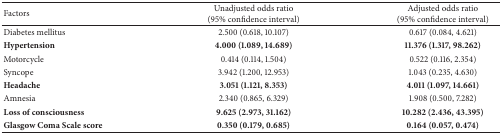
<table><thead><tr><td><b>Factors</b></td><td><b>Unadjusted odds ratio(95% confidence interval)</b></td><td><b>Adjusted odds ratio(95% confidence interval)</b></td></tr></thead><tbody><tr><td>Diabetes mellitus</td><td>2.500 (0.618, 10.107)</td><td>0.617 (0.084, 4.621)</td></tr><tr><td><b>Hypertension</b></td><td><b>4.000 (1.089, 14.689)</b></td><td><b>11.376 (1.317, 98.262)</b></td></tr><tr><td>Motorcycle</td><td>0.414 (0.114, 1.504)</td><td>0.522 (0.116, 2.354)</td></tr><tr><td>Syncope</td><td>3.942 (1.200, 12.953)</td><td>1.043 (0.235, 4.630)</td></tr><tr><td><b>Headache</b></td><td><b>3.051 (1.121, 8.353)</b></td><td><b>4.011 (1.097, 14.661)</b></td></tr><tr><td>Amnesia</td><td>2.340 (0.865, 6.329)</td><td>1.908 (0.500, 7.282)</td></tr><tr><td><b>Loss of consciousness</b></td><td><b>9.625 (2.973, 31.162)</b></td><td><b>10.282 (2.436, 43.395)</b></td></tr><tr><td><b>Glasgow Coma Scale score</b></td><td><b>0.350 (0.179, 0.685)</b></td><td><b>0.164 (0.057, 0.474)</b></td></tr></tbody></table>